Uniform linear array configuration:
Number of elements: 12
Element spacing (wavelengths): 0.5
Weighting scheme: blackman
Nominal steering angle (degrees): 0
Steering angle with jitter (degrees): -1.936
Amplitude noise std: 0.05
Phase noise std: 0.05

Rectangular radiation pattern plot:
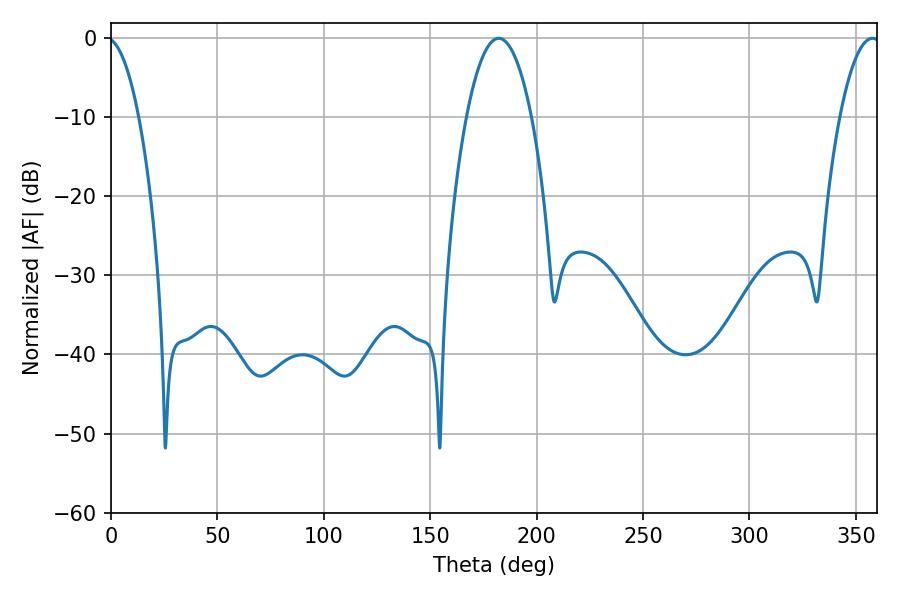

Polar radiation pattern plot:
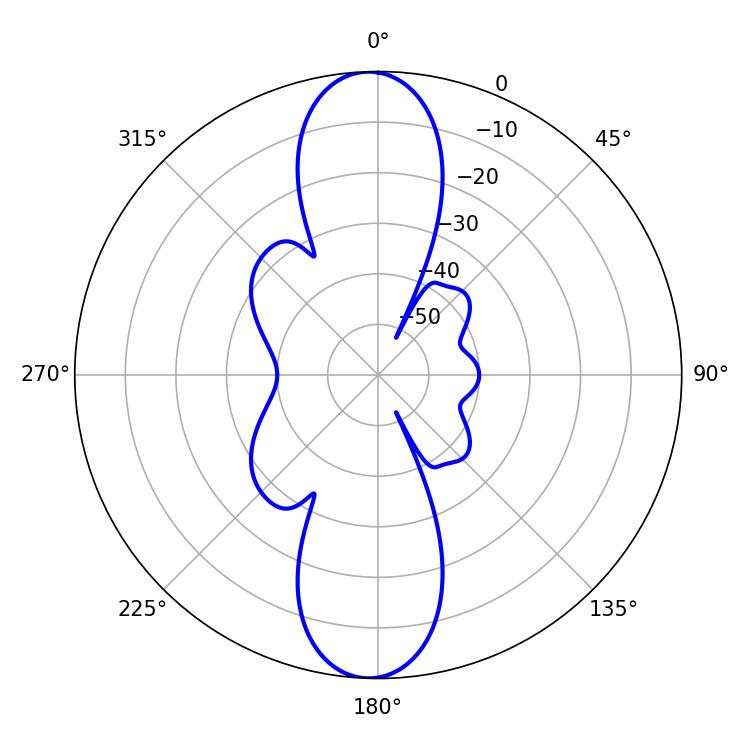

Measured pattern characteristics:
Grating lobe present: FALSE
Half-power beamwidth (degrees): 16.92
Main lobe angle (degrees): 182.16